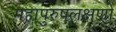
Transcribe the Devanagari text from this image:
महापुरुषलक्षणों